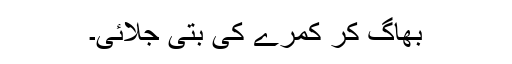
بھاگ کر کمرے کی بتی جلائی۔